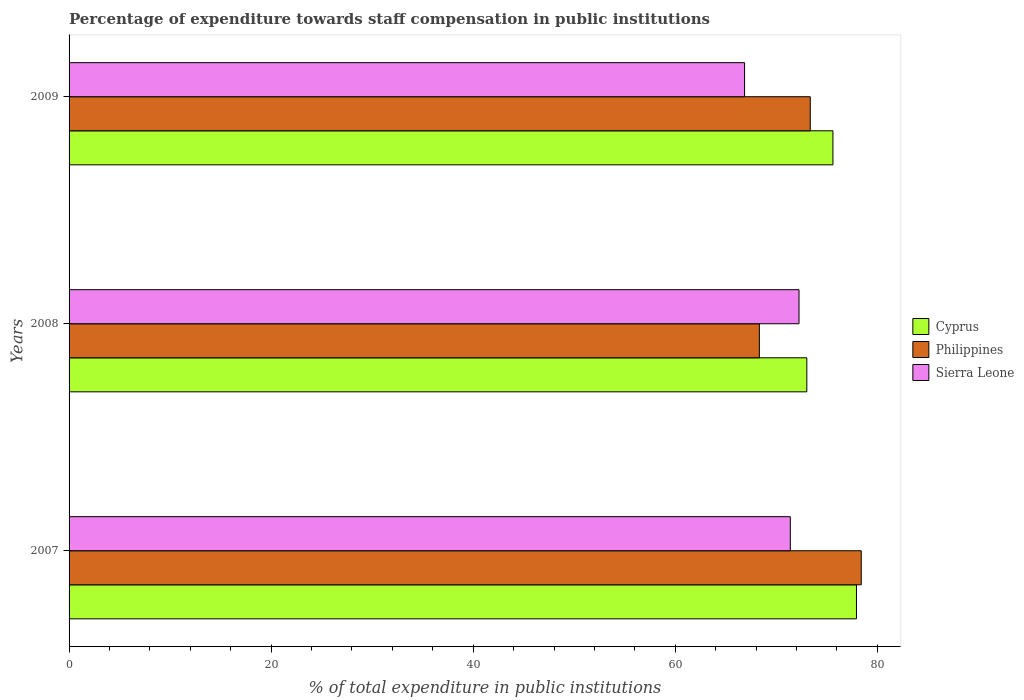
| Years | Cyprus | Philippines | Sierra Leone |
 | --- | --- | --- | --- |
 | 2007 | 77.9 | 78.4 | 71.4 |
 | 2008 | 73 | 68.3 | 72.3 |
 | 2009 | 75.6 | 73.4 | 66.9 |